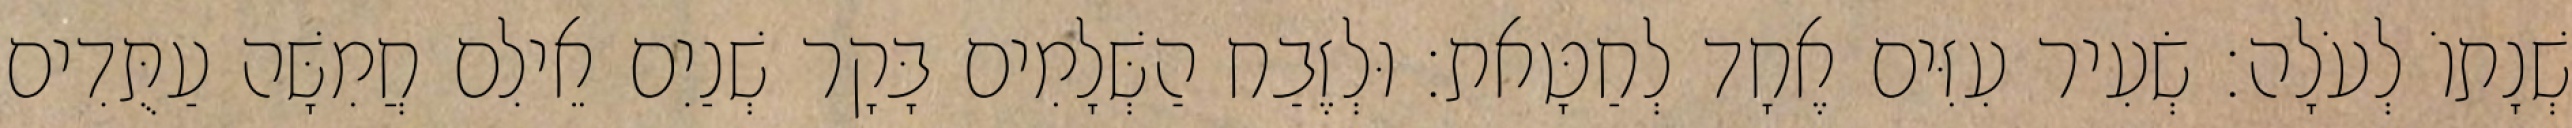
שְׁנָתוֹ לְעֹלָה׃ שְׂעִיר עִזִּים אֶחָד לְחַטָּאת׃ וּלְזֶבַח הַשְּׁלָמִים בָּקָר שְׁנַיִם אֵילִם חֲמִשָּׁה עַתֻּדִים